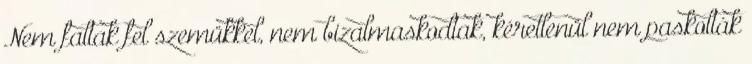
Nem faltak fel szemükkel, nem bizalmaskodtak, kéretlenül nem paskolták